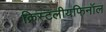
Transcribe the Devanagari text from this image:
क्रिस्टलीयफिनॉल